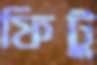
ফিটু